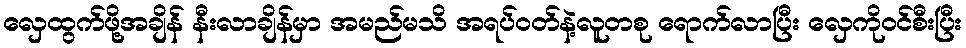
လှေထွက်ဖို့အချိန် နီးလာချိန်မှာ အမည်မသိ အရပ်ဝတ်နဲ့လူတစု ရောက်လာပြီး လှေကိုဝင်စီးပြီး